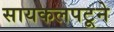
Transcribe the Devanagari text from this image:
सायकलपटूने